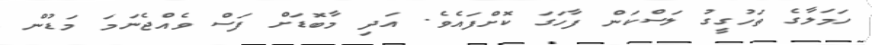
ހަމަލާގެ ތަހުގީގު ލަސްކަން ފާހަގަ ކޮށްފައެވެ. އަދި މާބޮޑަށް ފަސް ވެއްޖެނަމަ މަޑުން